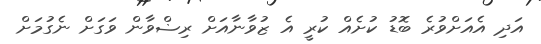
އަދި އެއަށްވުރެ ބޮޑު ކުށެއް ކުރީ އެ ޒުވާނާއަށް ރިޟްވާން ވަގަށް ނެގުމަށް